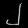
Digit: ၂